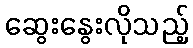
ဆွေးနွေးလိုသည့်